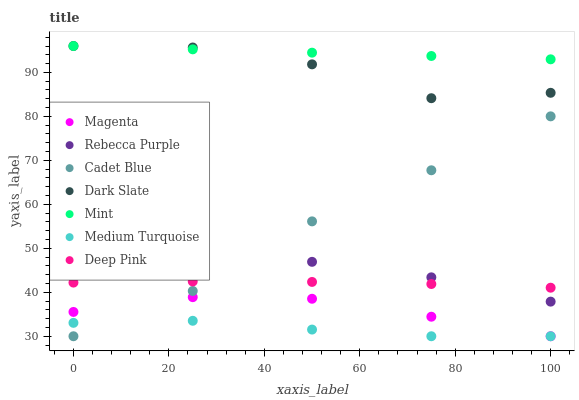
| xaxis_label | Magenta | Rebecca Purple | Cadet Blue | Dark Slate | Mint | Medium Turquoise | Deep Pink |
 | --- | --- | --- | --- | --- | --- | --- | --- |
 | 0 | 35.5 | 48 | 30 | 96 | 96 | 33 | 42.2 |
 | 25 | 38.9 | 48.4 | 40.3 | 95.7 | 95.2 | 33.5 | 42.5 |
 | 50 | 38.5 | 46.9 | 56.1 | 91.8 | 94.5 | 31.5 | 42.4 |
 | 75 | 34.4 | 43.4 | 67.7 | 84.1 | 93.7 | 30 | 41.9 |
 | 100 | 30 | 37.9 | 80 | 85.4 | 93 | 30 | 41 |